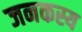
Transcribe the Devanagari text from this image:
जनकस्य